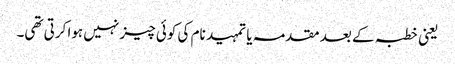
یعنی خطبہ کے بعد مقدمہ یا تمہید نام کی کوئی چیز نہیں ہوا کرتی تھی۔